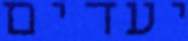
יעדים